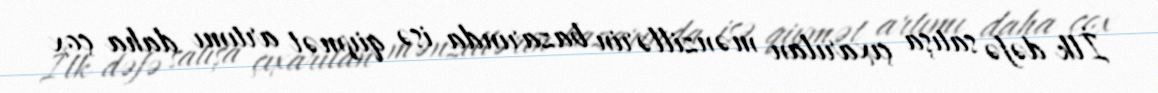
İlk dəfə satışa çıxarılan mənzillərin bazarında isə qiymət artımı daha çox